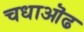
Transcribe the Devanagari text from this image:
चधाऒढ